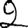
Digit: 2